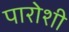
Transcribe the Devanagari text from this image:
पारोशी